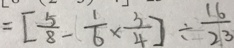
= [ \frac { 5 } { 8 } - \frac { 1 } { 6 } \times \frac { 3 } { 4 } ] \div \frac { 1 6 } { 2 3 }